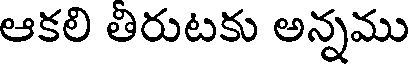
ఆకలి తిరుటకు అన్నము